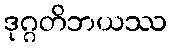
ဒုဂ္ဂတိဘယဿ